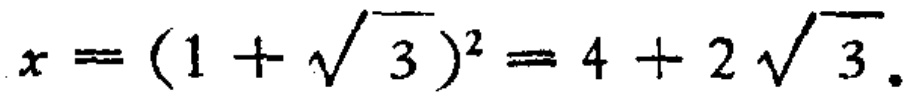
\(x=(1 + \sqrt{3})^{2}=4 + 2\sqrt{3}\)